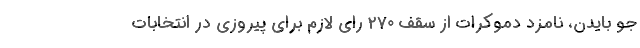
جو بایدن، نامزد دموکرات از سقف ۲۷۰ رای لازم برای پیروزی در انتخابات